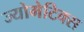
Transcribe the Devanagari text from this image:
ज्योमेटिक्स